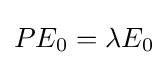
PE_{0}=\lambda E_{0}